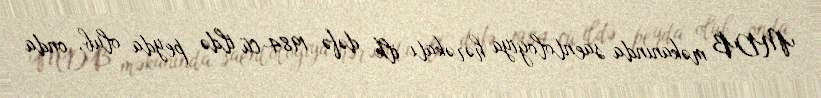
MDB məkanında saentologiya hərəkatı ilk dəfə 1984-cü ildə peyda olub, onda